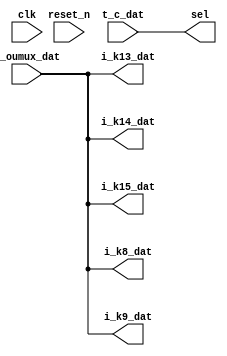
module oumux_dat_2_5 (
    input wire [511:0] t_oumux_dat,

    input wire [3:0]             t_c_dat,

                                            
    output wire [511:0]    i_k8_dat,
                                            
    output wire [511:0]    i_k9_dat,
                                            
    output wire [511:0]    i_k13_dat,
                                            
    output wire [511:0]    i_k14_dat,
                                            
    output wire [511:0]    i_k15_dat,
                                            
    output wire [3:0]         sel,
    input wire                              clk, reset_n
);

   assign sel=t_c_dat;


assign i_k8_dat = t_oumux_dat; 
assign i_k9_dat = t_oumux_dat; 
assign i_k13_dat = t_oumux_dat; 
assign i_k14_dat = t_oumux_dat; 
assign i_k15_dat = t_oumux_dat; 

endmodule